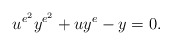
\begin{align*}u^{e^2} y^{e^2} + u y^e -y=0. \end{align*}